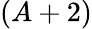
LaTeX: (A+2)